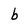
Character: b